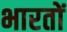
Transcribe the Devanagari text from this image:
भारतों